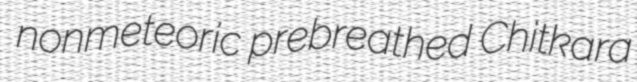
nonmeteoric prebreathed Chitkara